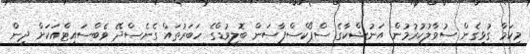
މިކަމާ ގުޅިގެން ސުވާލުކުރުމުން އަނުޝްކާގެ ސްޕޯކްސްޕާސަން ބޮލީވުޑްގެ ހަބަރުތައް ގެނެސްދޭ ވެބްސައިޓްއަކަށް ދިން